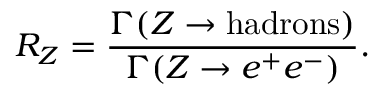
R _ { Z } = \frac { \Gamma ( Z \rightarrow \mathrm { h a d r o n s } ) } { \Gamma ( Z \rightarrow e ^ { + } e ^ { - } ) } .